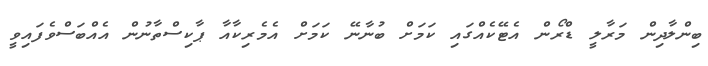
ބިންލާދިން މަރާލީ ޑްރޯން އެޓޭކެއްގައި ކަމަށް ބުނާނޭ ކަމަށް އެމެރިކާއާ ޕާކިސްތާނުން އެއްބަސްވެފައިވީ